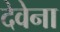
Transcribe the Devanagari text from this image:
देवेना